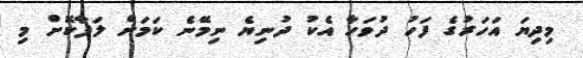
މިދިޔަ އަހަރުގެ ފަހު ދުވަހާ އެކު ދުނިޔެ ނިމޭނެ ކަމަށް ލަފާކޮށް މި